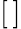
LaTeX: [\, ]